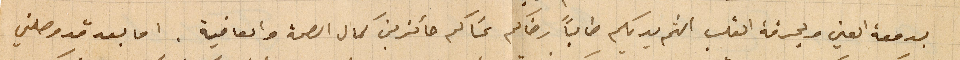
بدمعة العين وبحرقة القلب الثم يديكم طالباً رضاكم عسَاكم حائزين كمال الصحة والعافية. اما بعد قد وصلني